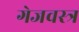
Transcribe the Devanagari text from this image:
गेजवस्त्र